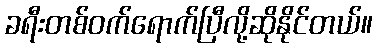
ခရီးတစ်ဝက်ရောက်ပြီလို့ဆိုနိုင်တယ်။